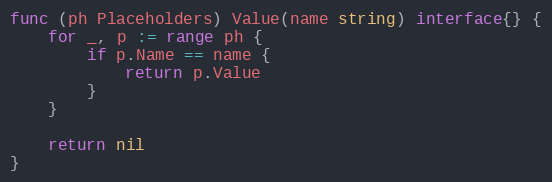
Language: Go
func (ph Placeholders) Value(name string) interface{} {
	for _, p := range ph {
		if p.Name == name {
			return p.Value
		}
	}

	return nil
}